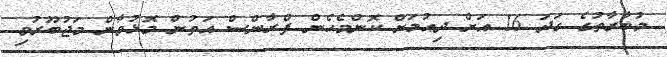
މުބާރާތުގެ ގަދަ 16 އަށް ދިއުމަށް ކޮންމެހެން ފްރާންސް އަތުން މޮޅުވާން މަޖުބޫރުވި